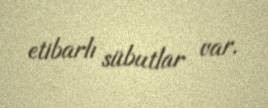
etibarlı sübutlar var.